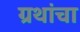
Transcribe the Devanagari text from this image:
ग्रथांचा